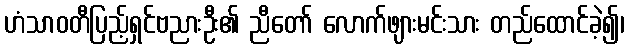
ဟံသာဝတီပြည့်ရှင်ဗညားဦး၏ ညီတော် လောက်ဖျားမင်းသား တည်ထောင်ခဲ့၍၊